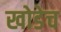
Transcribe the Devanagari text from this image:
खोडेच